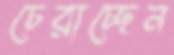
চেরাচ্ছেন